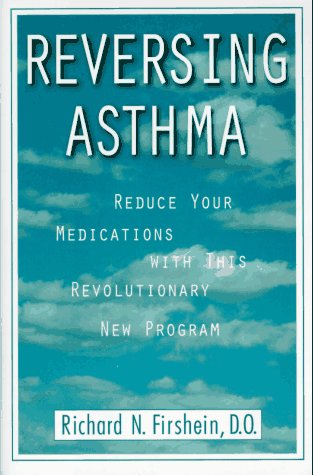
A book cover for Reversing Asthma: Reduce Your Medications with This Revolutionary New Program; Richard N. Firshein; Health, Fitness & Dieting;